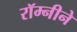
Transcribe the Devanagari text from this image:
रॉम्नीने